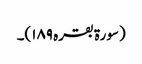
(سورۃ بقرہ ۱۸۹)۔